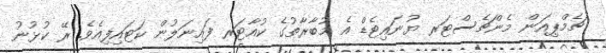
ޗެމްޕިއަން މެންޗެސްޓަރ ޔުނައިޓެޑް އެ މުބާރާތުގެ ކުއާޓަރ ފައިނަލުން ކަޓައިފިއެވެ. ރޭ ކުޅުނު